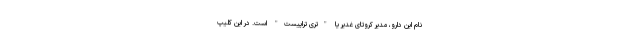
نام این دارو، مدیر کروتای غدیر یا "تری تراپیست" است. در این کلیپ